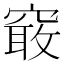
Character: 𱷏